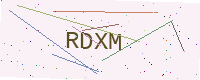
Text: RDXM